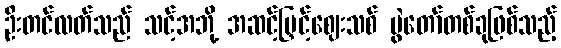
ဦးတင်လတ်သည် သင့်အဘို့ အဆင့်မြှင့်ဈေးသစ် ပွဲတော်တစ်ခုဖြစ်သည့်